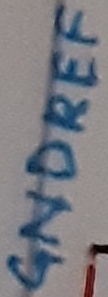
Text: GNDREF